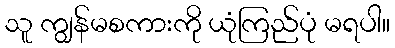
သူ ကျွန်မစကားကို ယုံကြည်ပုံ မရပါ။